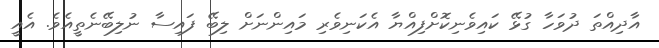
އާދިއްތަ ދުވަހާ ގުޅޭ ކައިވެނިކޮށްފިއްޔާ އެކަނިވެރި މައިންނަށް ލިބޭ ފައިސާ ނުލިބޭނެތީއެވެ. އެއީ